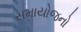
સમાયોજનો